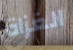
الغزاة